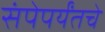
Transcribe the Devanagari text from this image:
संपेपर्यंतचे